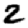
Digit: 2